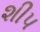
શીપ